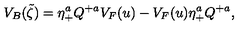
V _ { B } ( \tilde { \zeta } ) = \eta _ { + } ^ { a } Q ^ { + a } V _ { F } ( u ) - V _ { F } ( u ) \eta _ { + } ^ { a } Q ^ { + a } ,